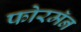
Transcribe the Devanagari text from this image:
फोरमॅन